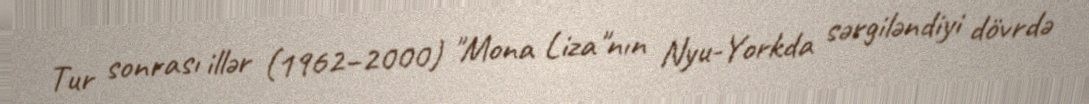
Tur sonrası illər (1962–2000) "Mona Liza"nın Nyu-Yorkda sərgiləndiyi dövrdə